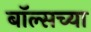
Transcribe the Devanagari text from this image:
बॉल्सच्या